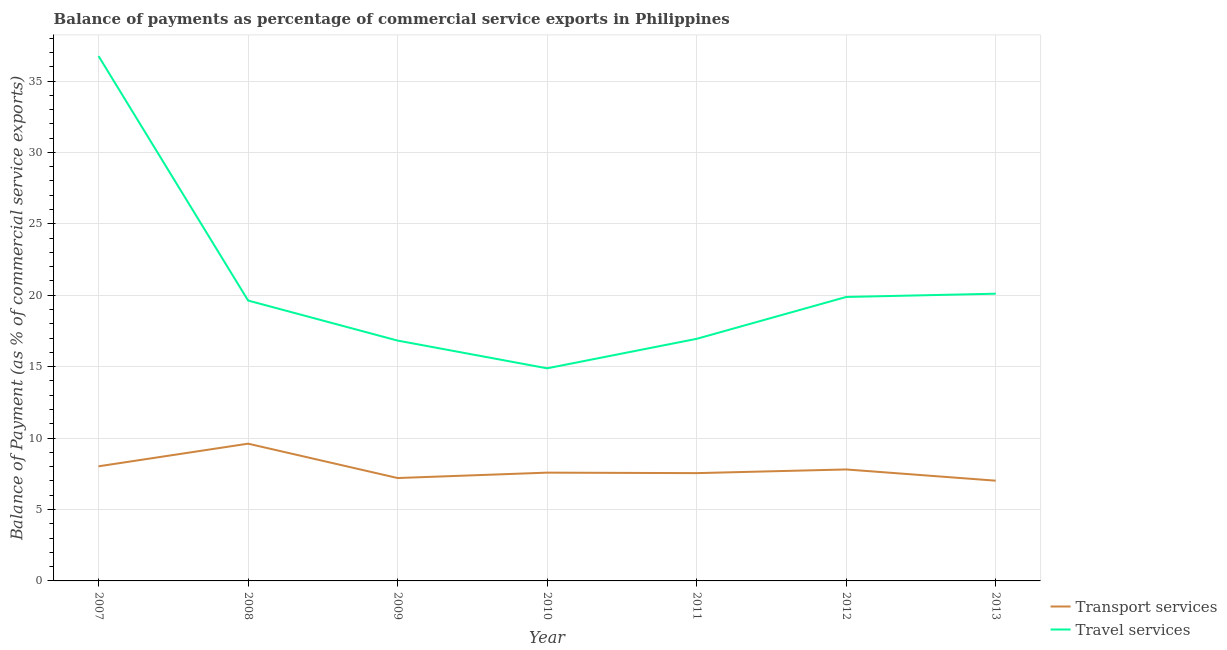
| Year | Transport services | Travel services |
 | --- | --- | --- |
 | 2007 | 8.02 | 36.7 |
 | 2008 | 9.61 | 19.6 |
 | 2009 | 7.2 | 16.8 |
 | 2010 | 7.58 | 14.9 |
 | 2011 | 7.55 | 16.9 |
 | 2012 | 7.8 | 19.9 |
 | 2013 | 7.02 | 20.1 |